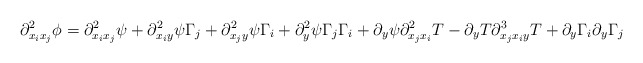
\begin{align*}\partial^2_{x_i x_j} \phi = \partial^2_{x_ix_j}\psi + \partial^2_{x_iy} \psi \Gamma_j +\partial^2_{x_jy} \psi \Gamma_i+ \partial^2_y \psi \Gamma_j\Gamma_i + \partial_y \psi \partial^2_{x_jx_i}T - \partial_y T \partial^3_{x_jx_iy}T +\partial_{y}\Gamma_i \partial_{y}\Gamma_j\end{align*}